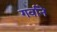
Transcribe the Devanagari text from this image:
गर्वाने